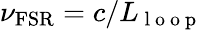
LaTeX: \nu_{\mathrm{FSR}}=c/L_{\mathrm{~l~o~o~p~}}